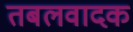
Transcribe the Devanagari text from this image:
तबलवादक